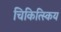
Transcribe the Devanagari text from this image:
चिकित्स्किय